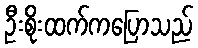
ဦးစိုးထက်ကပြောသည်